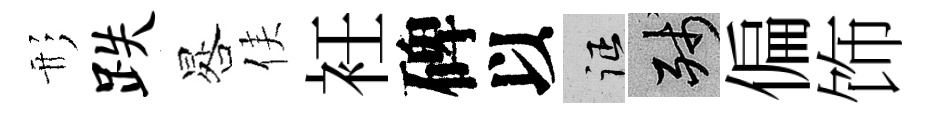
形跌晷侯衽碑以征殘偏饰